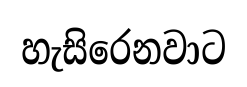
හැසිරෙනවාට